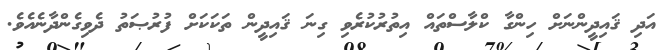
އަދި ޤައިދީންނަށް ހިންގާ ކްލާސްތައް އިތުރުކުރެވި ގިނަ ޤައިދީން ތަކަކަށް ފުރުޞަތު ދެވިގެންދާނެއެވެ.